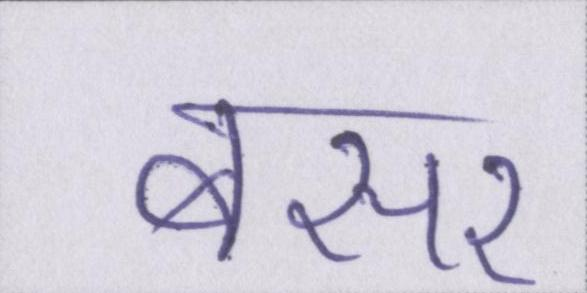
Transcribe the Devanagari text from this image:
बसर